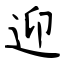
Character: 迎